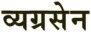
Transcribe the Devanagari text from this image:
व्यग्रसेन